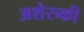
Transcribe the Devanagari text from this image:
अशेरुकी